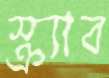
স্ক্র্যাব